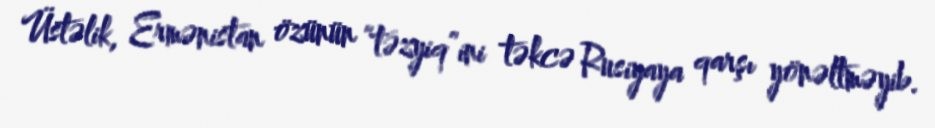
Üstəlik, Ermənistan özünün “təzyiq”ini təkcə Rusiyaya qarşı yönəltməyib.